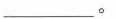
___。